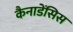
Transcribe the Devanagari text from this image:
कैनाडेंसिस